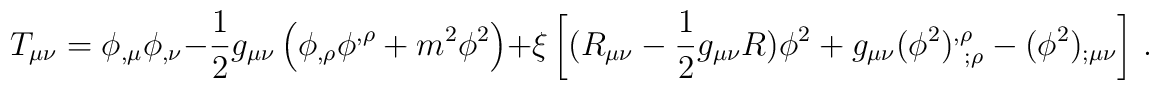
T_{\mu\nu}=\phi_{,\mu}\phi_{,\nu}-\frac 12 g_{\mu\nu}\left(\phi_{,\rho}\phi^{,\rho}+m^2\phi^2\right)+\xi\left[(R_{\mu\nu}-\frac 12 g_{\mu\nu} R)\phi^2+g_{\mu\nu} (\phi^2)^{,\rho}_{~;\rho}-(\phi^2)_{;\mu\nu}\right] \, .